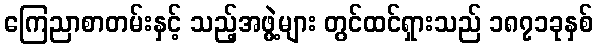
ကြေညာစာတမ်းနှင့် သည့်အဖွဲ့များ တွင်ထင်ရှားသည် ၁၈၇၁ခုနှစ်